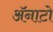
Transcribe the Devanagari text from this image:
ॲनाटो